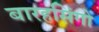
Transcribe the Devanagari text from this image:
बारहसिंगों